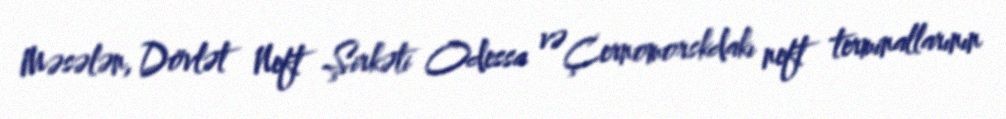
Məsələn, Dövlət Neft Şirkəti Odessa və Çernomorskdakı neft terminallarının